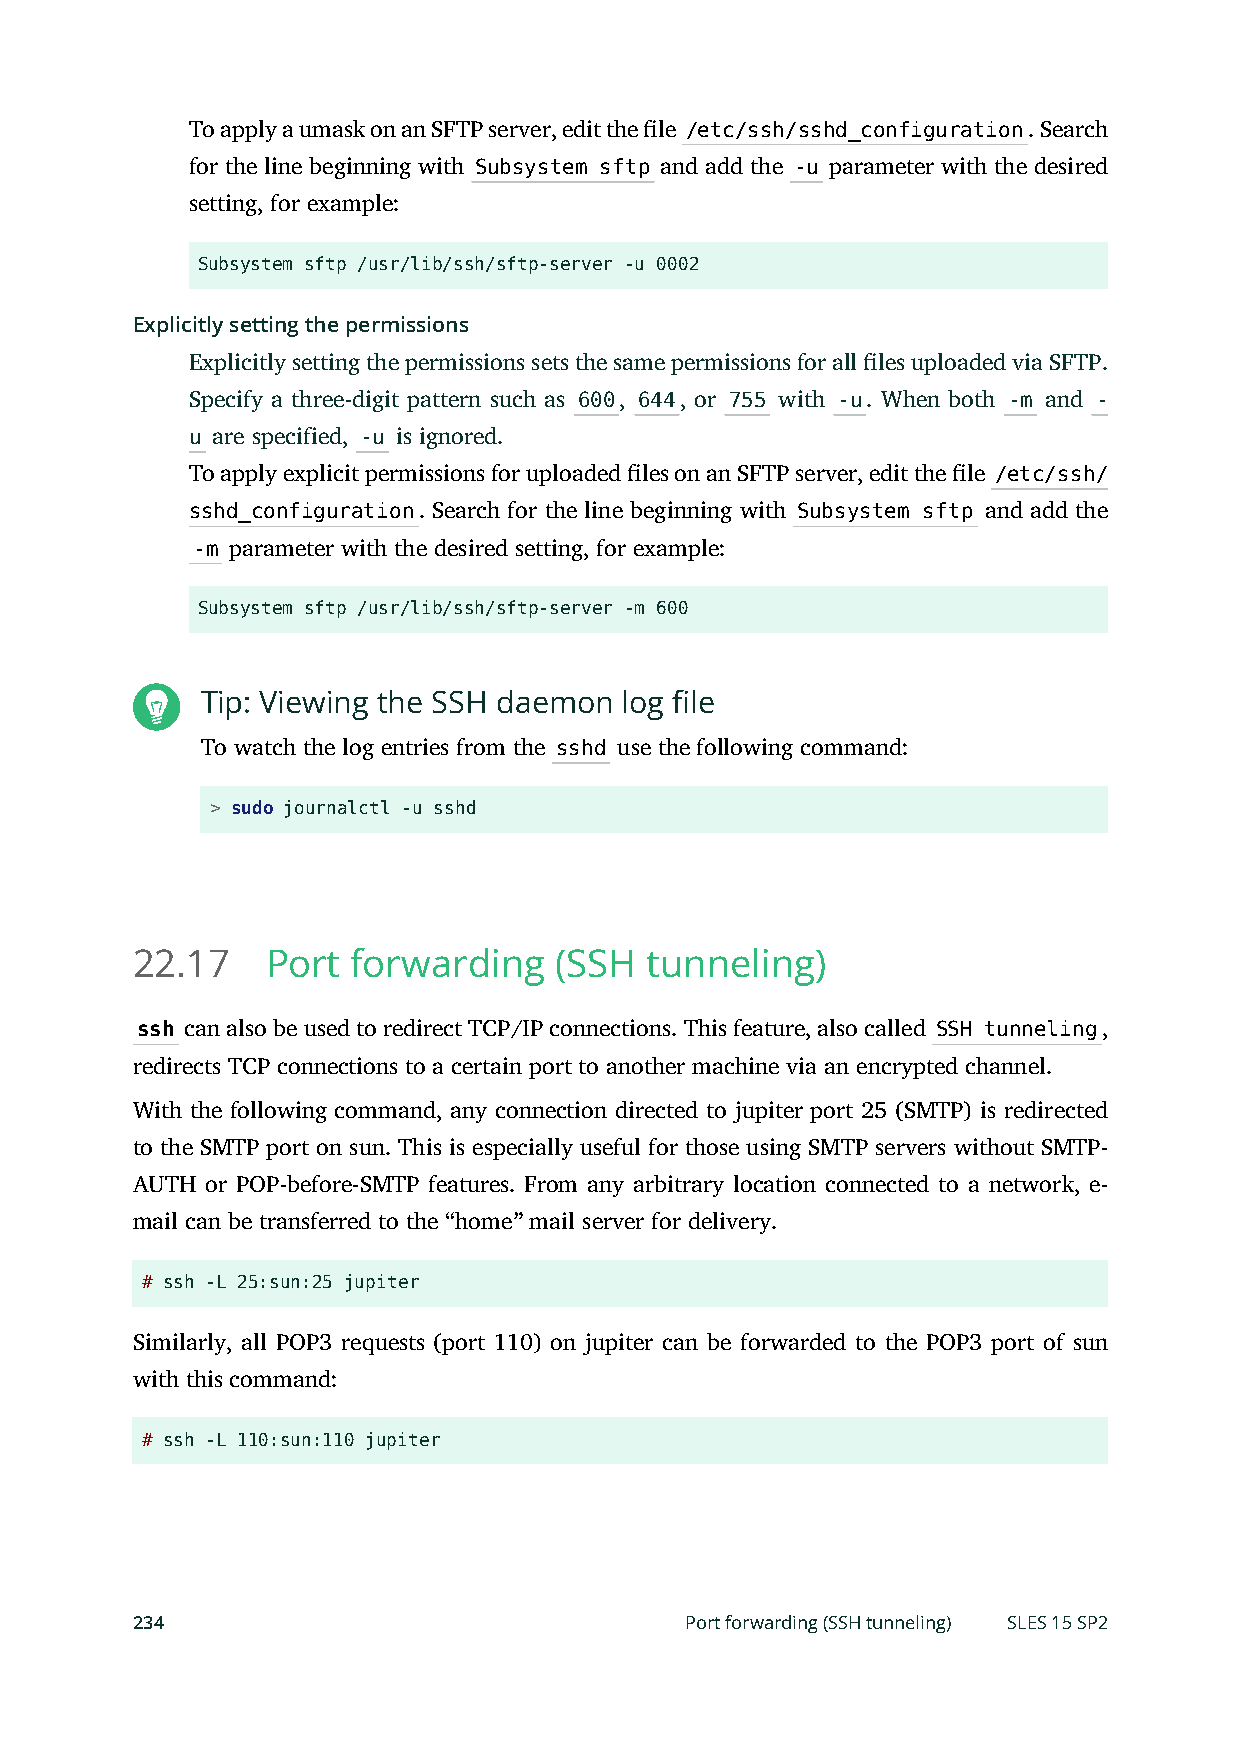
To apply a umask on an SFTP server, edit the le /etc/ssh/sshd_configuration. Search
 for the line beginning with Subsystem sftp and add the -u parameter with the desired
 setting, for example:
 Subsystem sftp /usr/lib/ssh/sftp-server -u 0002
 Explicitly setting the permissions
 Explicitly setting the permissions sets the same permissions for all les uploaded via SFTP.
 Specify a three-digit pattern such as 600, 644, or 755 with -u. When both -m and -
 u are specified, -u is ignored.
 To apply explicit permissions for uploaded les on an SFTP server, edit the le /etc/ssh/
 sshd_configuration. Search for the line beginning with Subsystem sftp and add the
 -m parameter with the desired setting, for example:
 Subsystem sftp /usr/lib/ssh/sftp-server -m 600
 Tip: Viewing the SSH daemon log file
 To watch the log entries from the sshd use the following command:
 > sudo journalctl -u sshd
 22.17    Port forwarding    (SSH  tunneling)
 ssh can also be used to redirect TCP/IP connections. This feature, also called SSH tunneling,
 redirects TCP connections to a certain port to another machine via an encrypted channel.
 With the following command, any connection directed to jupiter port 25 (SMTP) is redirected
 to the SMTP port on sun. This is especially useful for those using SMTP servers without SMTP-
 AUTH or POP-before-SMTP features. From any arbitrary location connected to a network, e-
 mail can be transferred to the “home” mail server for delivery.
 # ssh -L 25:sun:25 jupiter
 Similarly, all POP3 requests (port 110) on jupiter can be forwarded to the POP3 port of sun
 with this command:
 # ssh -L 110:sun:110 jupiter
 234                                 Port forwarding (SSH tunneling) SLES 15 SP2